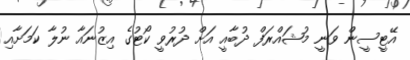
އޭޓީސީން ވަނީ މުޝައްރަފް ދުބާއީ އަށް ދުރުވީ ކޯޓުގެ އިޒުނައާ ނުލާ ކަމަށާއި